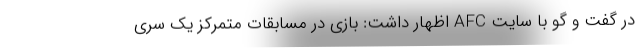
در گفت و گو با سایت AFC اظهار داشت: بازی در مسابقات متمرکز یک سری